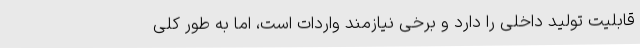
قابلیت تولید داخلی را دارد و برخی نیازمند واردات است، اما به طور کلی